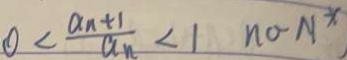
0 < \frac { a _ { n } + 1 } { a _ { n } } < 1 n o - N ^ { \ast }